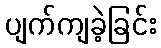
ပျက်ကျခဲ့ခြင်း